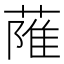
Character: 𦶏